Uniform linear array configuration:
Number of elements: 4
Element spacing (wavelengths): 0.5
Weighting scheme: cosine
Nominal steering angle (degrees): -15
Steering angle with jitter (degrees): -16.116
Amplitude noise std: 0.05
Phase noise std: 0.05

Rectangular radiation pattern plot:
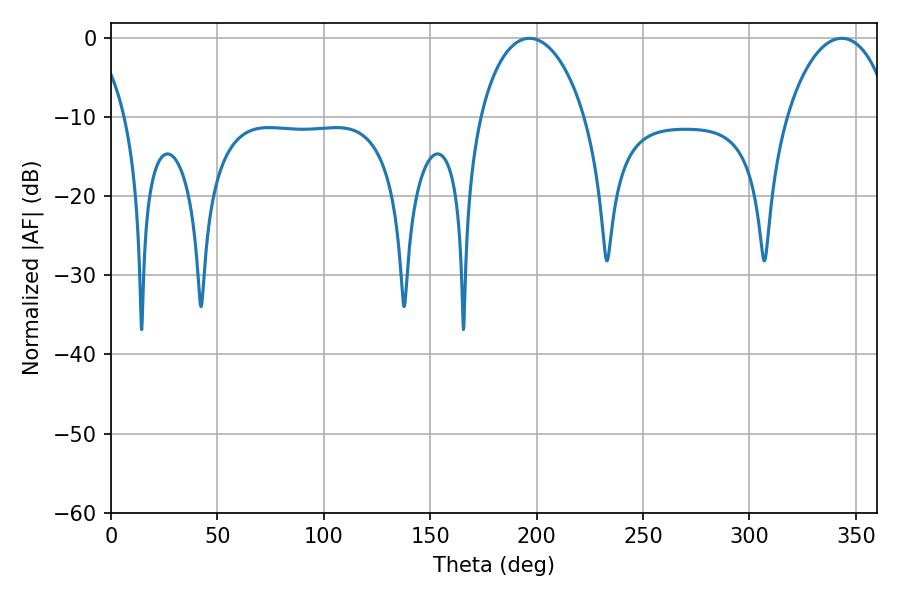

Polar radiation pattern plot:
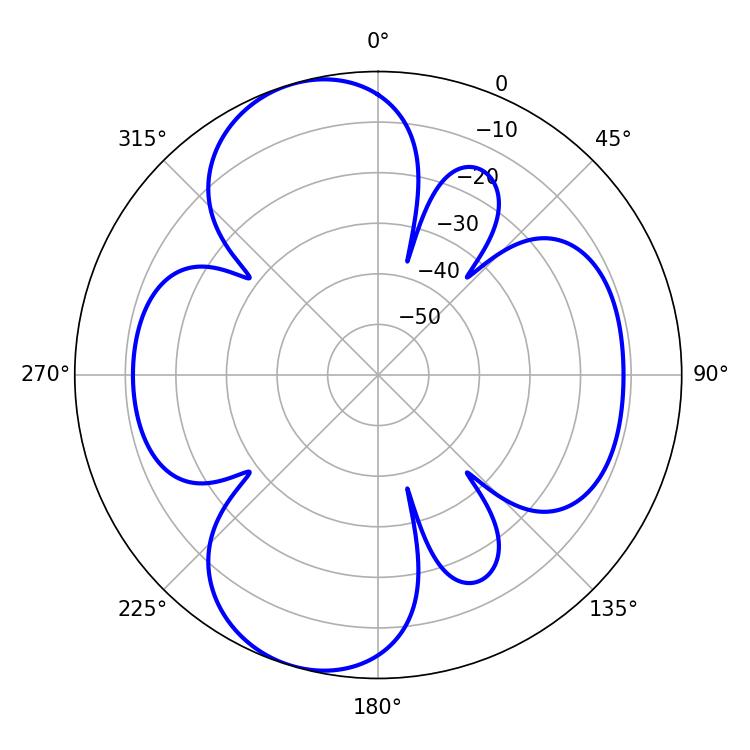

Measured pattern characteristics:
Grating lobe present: FALSE
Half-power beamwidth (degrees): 28.08
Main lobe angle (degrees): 196.56